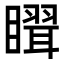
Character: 𥋉